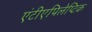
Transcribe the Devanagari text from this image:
एंटीएपिलेप्टिक